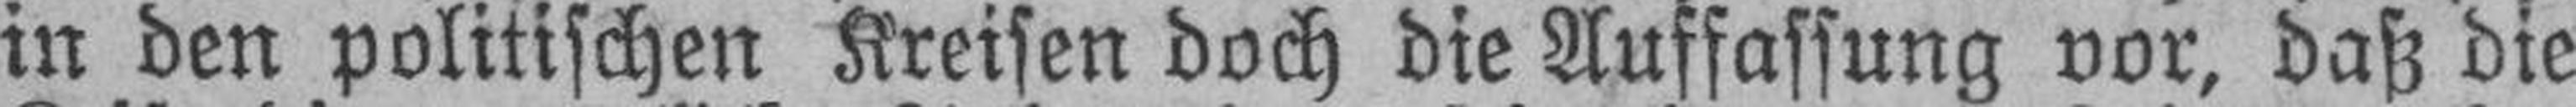
in den politischen Kreisen doch die Auffassung vor, daß die